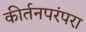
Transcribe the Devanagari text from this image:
कीर्तनपरंपरा